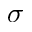
\sigma